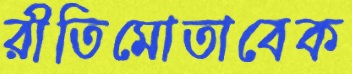
রীতিমোতাবেক